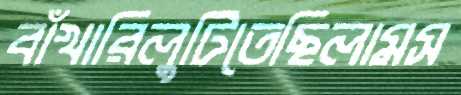
বাঁখারিলুটিতেছিলামস